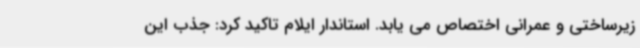
زیرساختی و عمرانی اختصاص می یابد. استاندار ایلام تاکید کرد: جذب این